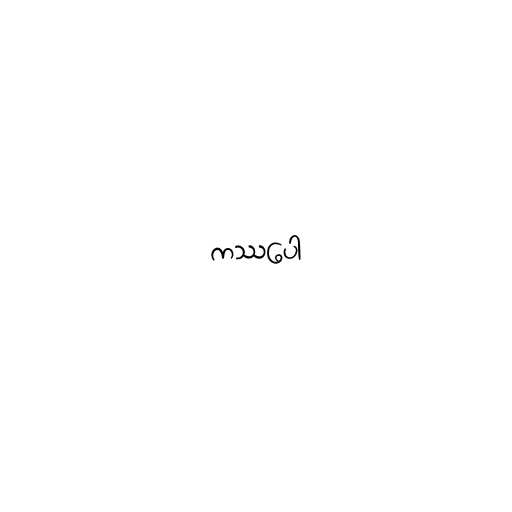
ကဿပေါ